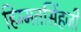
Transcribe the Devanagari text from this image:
हिम्मतसिंहजी